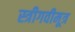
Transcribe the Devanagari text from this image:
स्त्रीगवीमूत्र